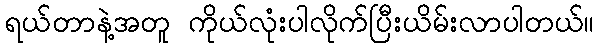
ရယ်တာနဲ့အတူ ကိုယ်လုံးပါလိုက်ပြီးယိမ်းလာပါတယ်။